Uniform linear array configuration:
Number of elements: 12
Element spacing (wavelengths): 0.5
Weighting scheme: kaiser
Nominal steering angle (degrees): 30
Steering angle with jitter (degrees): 31.424
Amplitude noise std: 0.05
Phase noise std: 0.05

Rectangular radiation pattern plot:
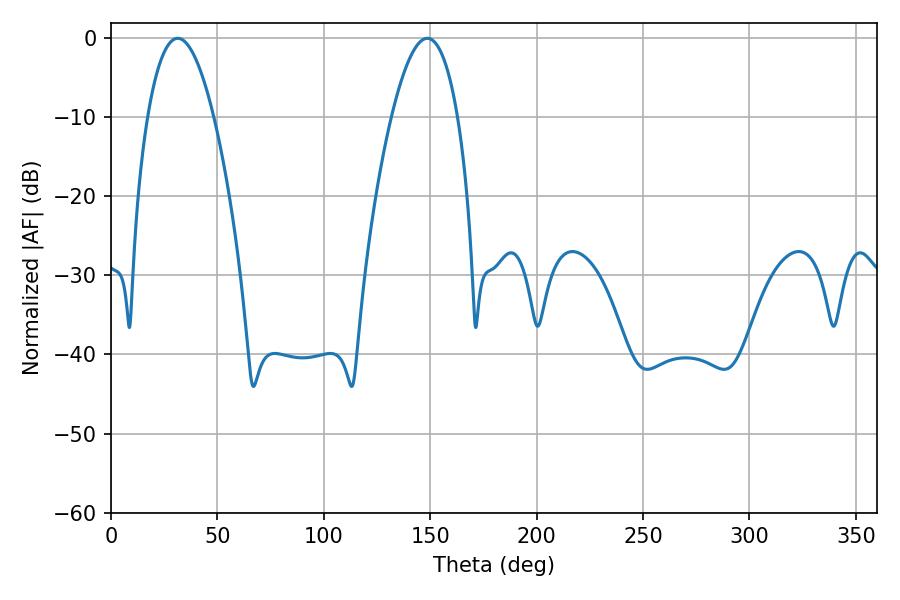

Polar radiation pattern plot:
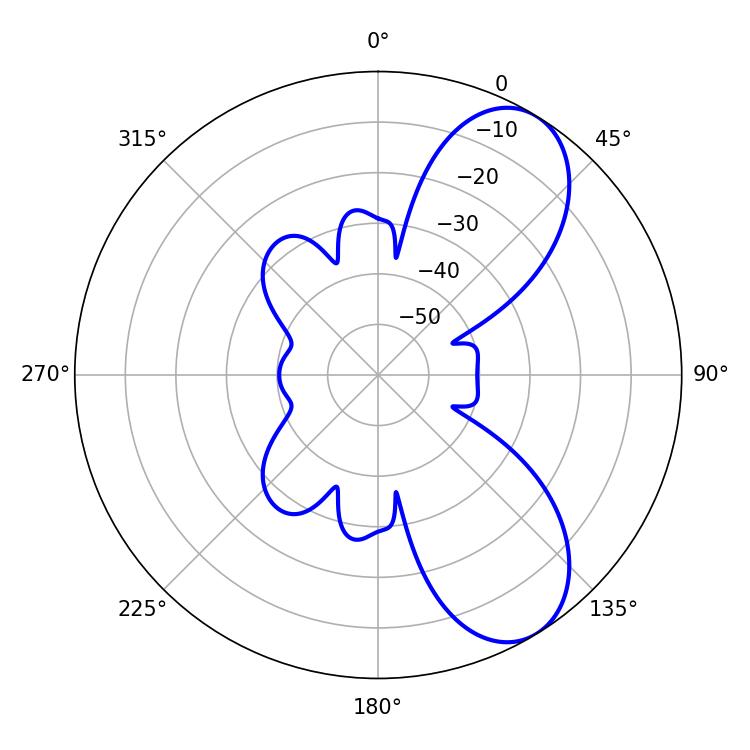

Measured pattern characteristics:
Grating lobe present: FALSE
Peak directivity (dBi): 7.734
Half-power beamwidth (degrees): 17.1
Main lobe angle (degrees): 31.32